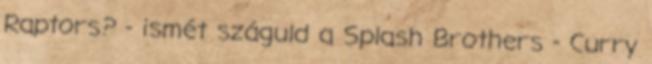
Raptors? - ismét száguld a Splash Brothers - Curry